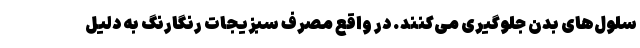
سلول‌های بدن جلوگیری می‌کنند. در واقع مصرف سبزیجات رنگارنگ به دلیل